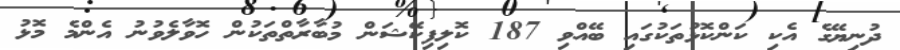
ދުނިޔޭގެ އެކި ކަންކޮޅުތަކުގައި ބޭއްވި 187 ކޮލިފިކޭޝަން މުބާރާތްތަކުން ހޮވާލެވުނު އެންމެ މޮޅު